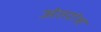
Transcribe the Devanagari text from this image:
अंतरांश